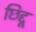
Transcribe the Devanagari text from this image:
छिद्दू